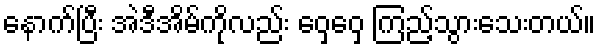
နောက်ပြီး အဲဒီအိမ်ကိုလည်း ဝှေ့ဝှေ့ ကြည့်သွားသေးတယ်။